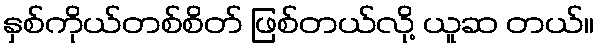
နှစ်ကိုယ်တစ်စိတ် ဖြစ်တယ်လို့ ယူဆ တယ်။